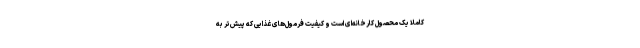
کاملا یک محصول کارخانه‌ای است و کیفیت فرمول‌های غذایی که پیش‌تر به